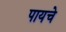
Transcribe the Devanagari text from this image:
पायचे